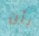
بأن